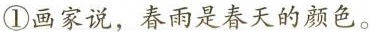
①画家说，春雨是春天的颜色